Vaccination report Assam 1874-1896 - 1874-1896
Year: 1874
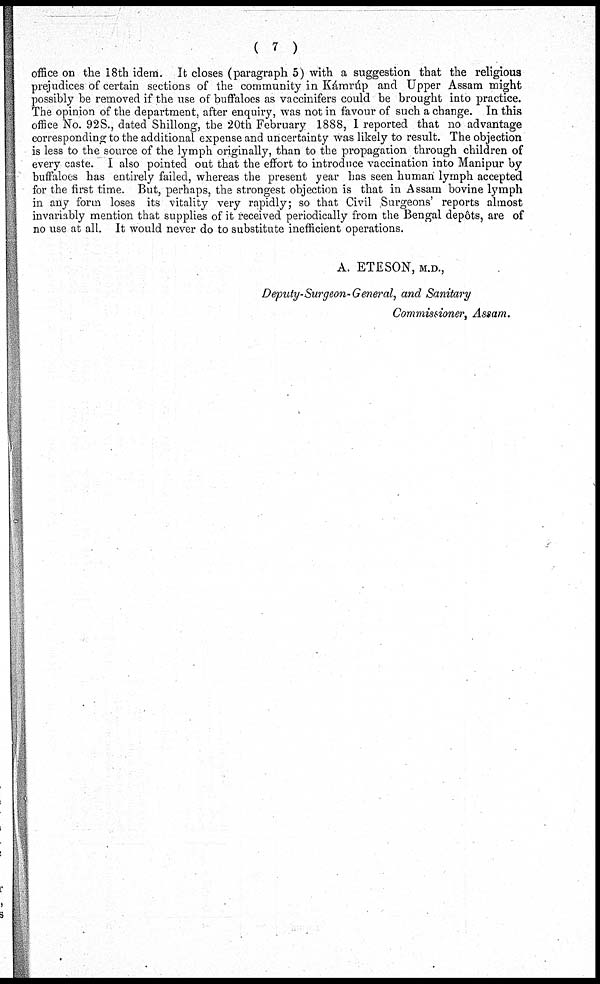
( 7 )
office on the 18th idem. It closes (paragraph 5) with a suggestion that the religious
prejudices of certain sections of the community in Kámrúp and Upper Assam might
possibly be removed if the use of buffaloes as vaccinifers could be brought into practice.
The opinion of the department, after enquiry, was not in favour of such a change. In this
office No. 92S., dated Shillong, the 20th February 1888, I reported that no advantage
corresponding to the additional expense and uncertainty was likely to result. The objection
is less to the source of the lymph originally, than to the propagation through children of
every caste. I also pointed out that the effort to introduce vaccination into Manipur by
buffaloes has entirely failed, whereas the present year has seen human lymph accepted
for the first time. But, perhaps, the strongest objection is that in Assam bovine lymph
in any form loses its vitality very rapidly; so that Civil Surgeons' reports almost
invariably mention that supplies of it received periodically from the Bengal depôts, are of
no use at all. It would never do to substitute inefficient operations.
A. ETESON, M.D.,
Deputy-Surgeon-General, and Sanitary
Commissioner, Assam.